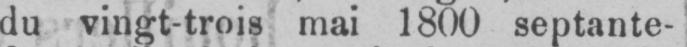
du vingt-trois mai 1800 septante-